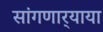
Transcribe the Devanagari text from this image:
सांगणार्‍याया